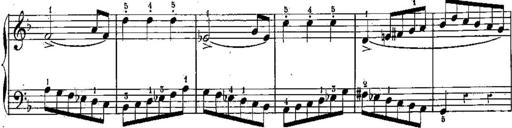
Title: 6 Sonatines
Composer: Albert Lavignac
Key: C major
 G major
 D major
 A minor
 F major
 B-flat major